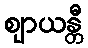
ဈာယန္တီ